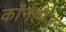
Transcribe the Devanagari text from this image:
कॉर्नहीज़र